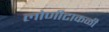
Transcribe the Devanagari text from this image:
लोणीटाकळी